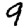
Digit: 9